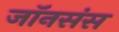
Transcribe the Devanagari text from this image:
जॉनसंस